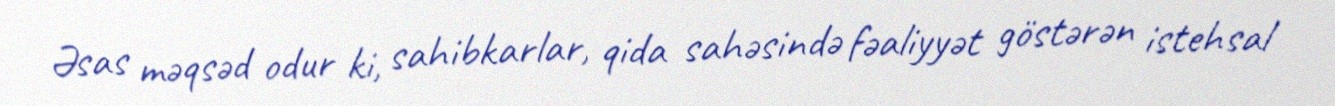
Əsas məqsəd odur ki, sahibkarlar, qida sahəsində fəaliyyət göstərən istehsal